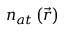
n _ { a t } \left( \vec { r } \right)